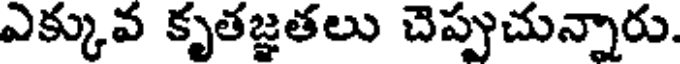
ఎక్కువ కృతజ్ఞతలు చెప్పుచున్నారు.